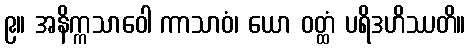
၉။ အနိက္ကသာဝေါ ကာသာဝံ၊ ယော ဝတ္ထံ ပရိဒဟိဿတိ။